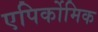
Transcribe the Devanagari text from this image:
एपिर्कोमिक